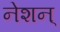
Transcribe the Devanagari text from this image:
नेशन्